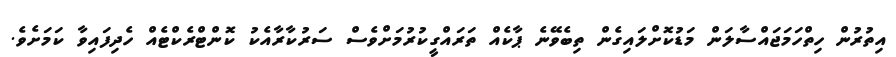
އިތުރުން ހިތްހަމަޖައްސާލަން މަޑުކޮށްލައިގެން ތިބެވޭނެ ޕާކެއް ތަރައްގީކުރުމަށްވެސް ސަރުކާރާއެކު ކޮންޓްރެކްޓެއް ހެދިފައިވާ ކަމަށެވެ.